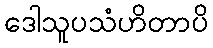
ဒေါသူပသံဟိတာပိ